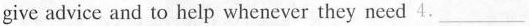
give advice and to help whenever they need 4. ____________